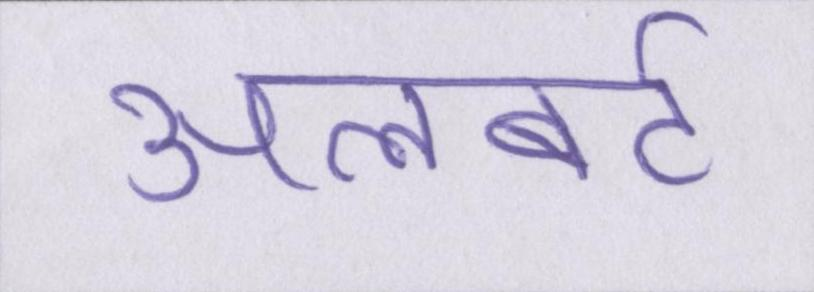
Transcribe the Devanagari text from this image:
अलबर्ट